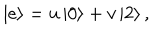
\left| e \right> = u \left| 0 \right> + v \left| 2 \right> ,